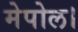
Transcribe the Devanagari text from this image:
मेपोल।